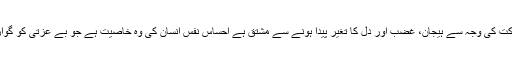
کہا جاتاہے کہ غیرت اختصاص میں کسی کی مشارکت کی وجہ سے ہیجان، غضب اور دل کا تغیر پیدا ہونے سے مشتق ہے احساسِ نفس انسان کی وہ خاصیت ہے جو بے عزتی کو گوارا نہیں کرسکتی ، ہمیشہ پاسِ ناموس مقدم ہوتی ہے۔